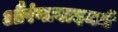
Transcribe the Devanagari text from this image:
औरंगाबादमधे